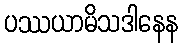
ပဿယာမိသဒါနေန